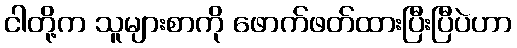
ငါတို့က သူများစာကို ဖောက်ဖတ်ထားပြီးပြီပဲဟာ